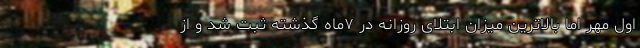
اول مهر اما بالاترین میزان ابتلای روزانه در ۷ماه گذشته ثبت شد و از